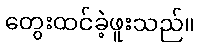
တွေးထင်ခဲ့ဖူးသည်။